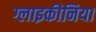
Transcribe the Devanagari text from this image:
ग्लाइकीनिया